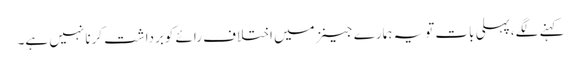
کہنے لگے،پہلی بات تویہ ہمارے جینزمیں اختلاف رائے کوبرداشت کرنا نہیں ہے۔